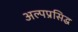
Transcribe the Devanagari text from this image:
अल्पप्रसिद्ध